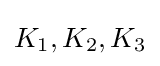
K_{1},K_{2},K_{3}